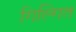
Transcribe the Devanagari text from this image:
गिल्गित